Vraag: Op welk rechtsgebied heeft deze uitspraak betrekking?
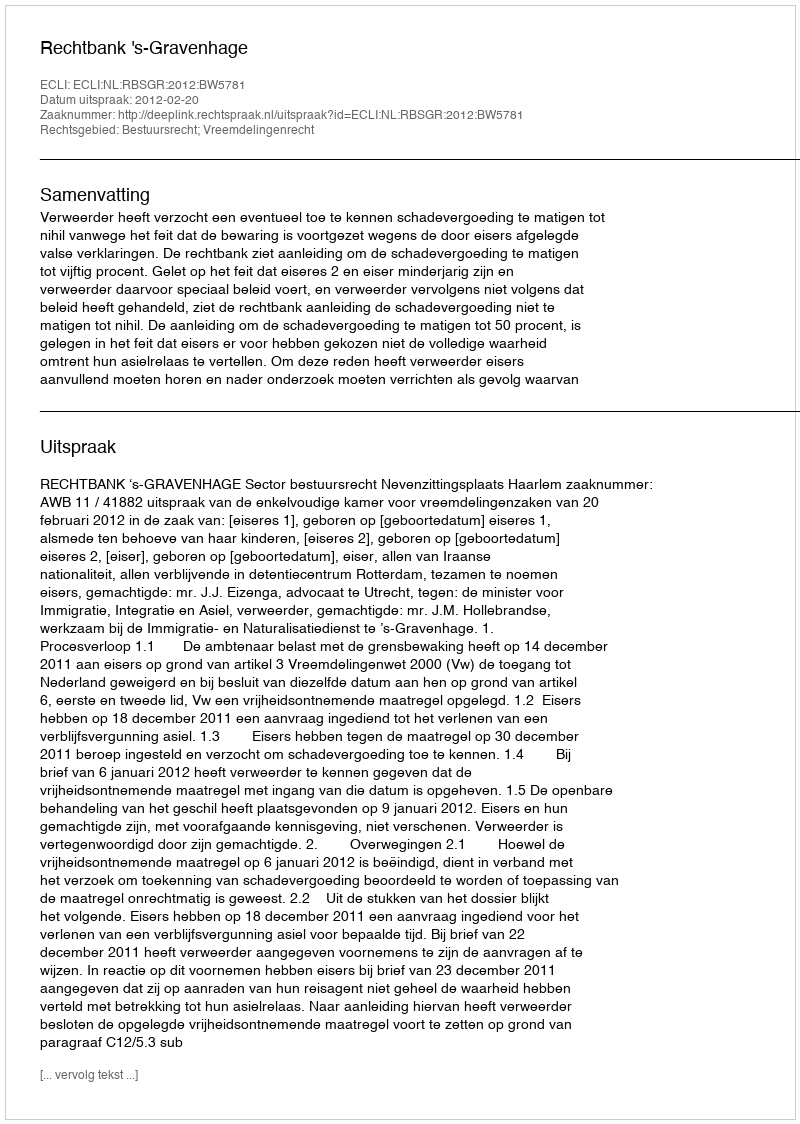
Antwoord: Bestuursrecht; Vreemdelingenrecht